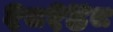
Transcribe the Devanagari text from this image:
१८१४८